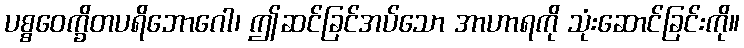
ပစ္စဝေက္ခိတပရိဘောဂေါ၊ ဤဆင်ခြင်အပ်သော အာဟာရကို သုံးဆောင်ခြင်းကို။